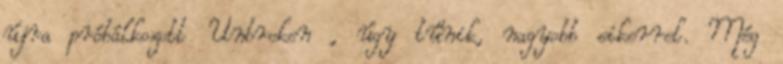
újra próbálkozott Unbroken , úgy tűnik, nagyobb sikerrel. Még